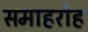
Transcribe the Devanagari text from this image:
समाहरोह